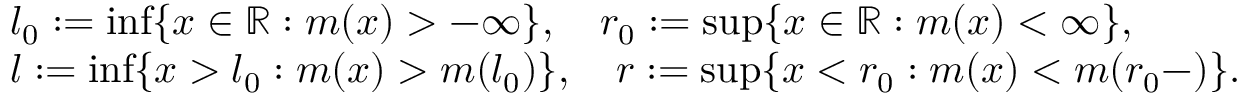
\begin{array} { r l } & { l _ { 0 } : = \operatorname* { i n f } \{ x \in { \mathbb R } : m ( x ) > - \infty \} , \quad r _ { 0 } : = \operatorname* { s u p } \{ x \in { \mathbb R } : m ( x ) < \infty \} , } \\ & { l : = \operatorname* { i n f } \{ x > l _ { 0 } : m ( x ) > m ( l _ { 0 } ) \} , \quad r : = \operatorname* { s u p } \{ x < r _ { 0 } : m ( x ) < m ( r _ { 0 } - ) \} . } \end{array}